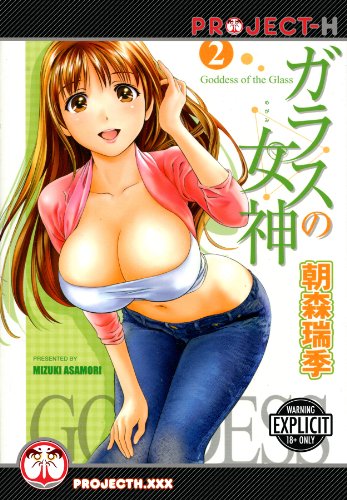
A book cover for Goddess of the Glass, Vol. 2 (Goddess of the Glass Gn); Mizuki Asamori; Comics & Graphic Novels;